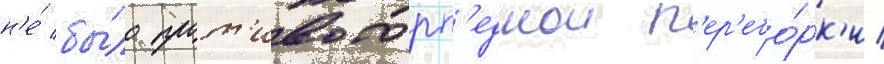
н'е́ бы́ло прот'ивоторп'еднои п'ер'ебо́рк'и